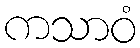
ကသာဝံ